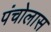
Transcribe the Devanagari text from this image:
पंचोलास